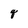
Character: q